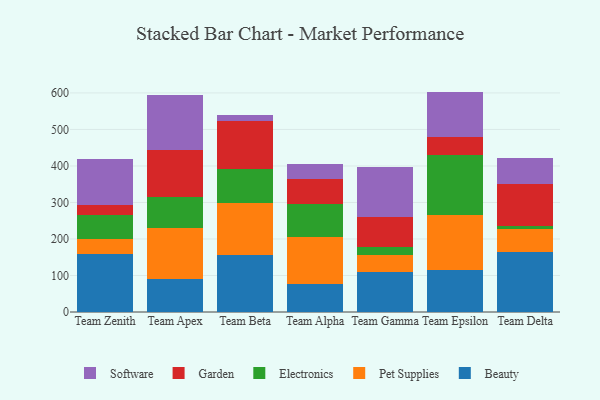
{"axis": {"x": "Team", "y": "Budget (USD K)"}, "legend": ["Beauty", "Electronics", "Garden", "Pet Supplies", "Software"], "data": [{"x": "Team Zenith", "y": 160.2, "type": "Beauty"}, {"x": "Team Zenith", "y": 39.2, "type": "Pet Supplies"}, {"x": "Team Zenith", "y": 67.2, "type": "Electronics"}, {"x": "Team Zenith", "y": 25.4, "type": "Garden"}, {"x": "Team Zenith", "y": 127.7, "type": "Software"}, {"x": "Team Apex", "y": 90.4, "type": "Beauty"}, {"x": "Team Apex", "y": 139.2, "type": "Pet Supplies"}, {"x": "Team Apex", "y": 85.9, "type": "Electronics"}, {"x": "Team Apex", "y": 127.9, "type": "Garden"}, {"x": "Team Apex", "y": 151.4, "type": "Software"}, {"x": "Team Beta", "y": 157.5, "type": "Beauty"}, {"x": "Team Beta", "y": 142.4, "type": "Pet Supplies"}, {"x": "Team Beta", "y": 93.1, "type": "Electronics"}, {"x": "Team Beta", "y": 131.2, "type": "Garden"}, {"x": "Team Beta", "y": 16.4, "type": "Software"}, {"x": "Team Alpha", "y": 77.7, "type": "Beauty"}, {"x": "Team Alpha", "y": 126.5, "type": "Pet Supplies"}, {"x": "Team Alpha", "y": 92.4, "type": "Electronics"}, {"x": "Team Alpha", "y": 68.1, "type": "Garden"}, {"x": "Team Alpha", "y": 41.8, "type": "Software"}, {"x": "Team Gamma", "y": 108.5, "type": "Beauty"}, {"x": "Team Gamma", "y": 47.7, "type": "Pet Supplies"}, {"x": "Team Gamma", "y": 20.7, "type": "Electronics"}, {"x": "Team Gamma", "y": 83.9, "type": "Garden"}, {"x": "Team Gamma", "y": 135.6, "type": "Software"}, {"x": "Team Epsilon", "y": 114.7, "type": "Beauty"}, {"x": "Team Epsilon", "y": 150.0, "type": "Pet Supplies"}, {"x": "Team Epsilon", "y": 166.0, "type": "Electronics"}, {"x": "Team Epsilon", "y": 49.8, "type": "Garden"}, {"x": "Team Epsilon", "y": 123.2, "type": "Software"}, {"x": "Team Delta", "y": 165.4, "type": "Beauty"}, {"x": "Team Delta", "y": 60.6, "type": "Pet Supplies"}, {"x": "Team Delta", "y": 10.8, "type": "Electronics"}, {"x": "Team Delta", "y": 113.4, "type": "Garden"}, {"x": "Team Delta", "y": 71.2, "type": "Software"}]}